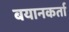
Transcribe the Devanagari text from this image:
बयानकर्ता